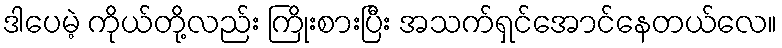
ဒါပေမဲ့ ကိုယ်တို့လည်း ကြိုးစားပြီး အသက်ရှင်အောင်နေတယ်လေ။